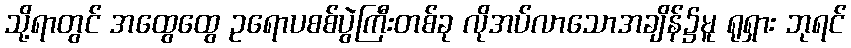
သို့ရာတွင် အထွေထွေ ဥရောပစစ်ပွဲကြီးတစ်ခု လိုအပ်လာသောအချိန်၌မူ ရုရှား ဘုရင်